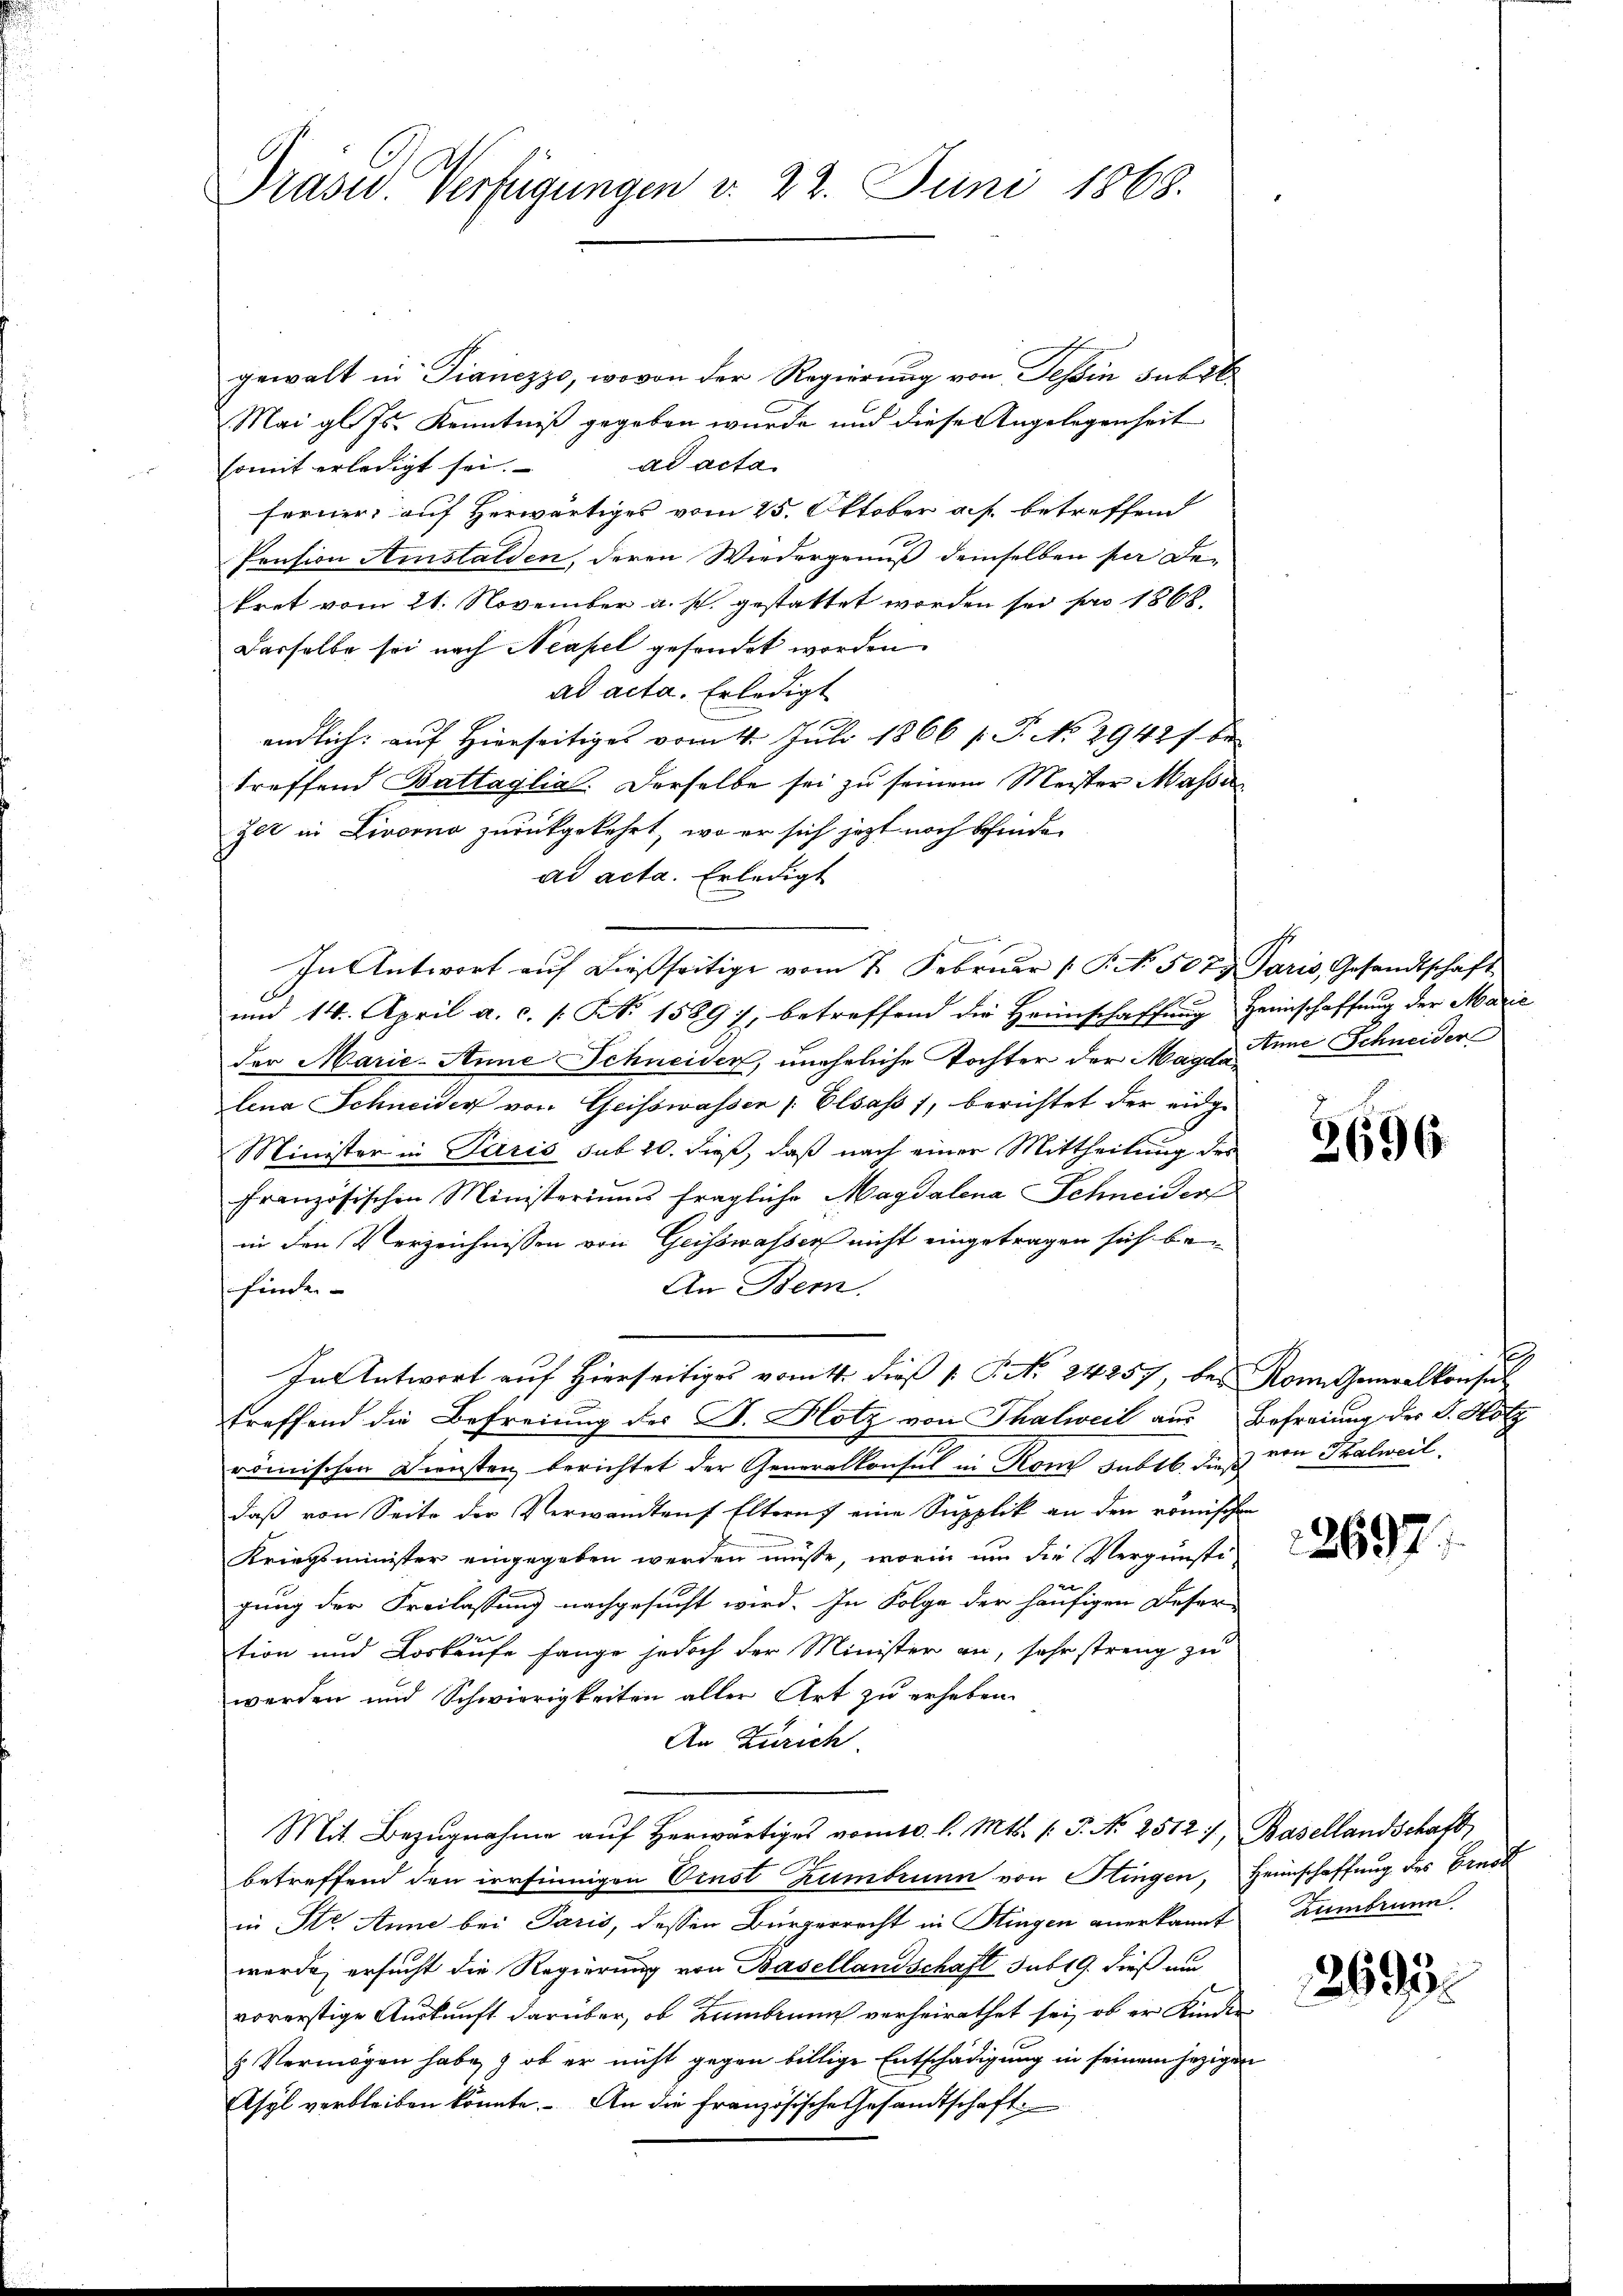
Präsid. Verfügungen d. 22. Juni 1868.

gewalt in Fianezzo, wovon der Regierung von Tessin subst
Mai gl. Js. Kenntniß gegeben wurde und diese Angelegenheit
somit erledigt sei. ad acta
ferner, auf herwärtiges vom 25. Oktober auf betreffend
Pension Amstalden, deren Wiedergenuß demselben per De-
kret vom 21. November a. s. gestattet worden sei pro 1868.
Dasselbe sei nach Neapel gefandet worden.
ad acta. Erledigt
endlich: auf Hierseitiges vom 4. Juli 1866 f. P. No 29421 be
treffend Battaglia. Derselbe sei zu seinem Meister Masse
zer in Livorno zurückgekehrt, wo er sich jetzt noch befinde
ad acta. Erledigt
In Antwort auf dießseitige vom 7. Februar P. No. 5073 Paris, Gesandtschaft
und 14. April a. c. s. S. 1589/, betreffend die Heimschaffŭng Heimschaffŭng der Marie
der Marie-Anne Schneider, uneheliche Tochter der Mags-Eine Schneider
lena Schneider von Geisswassen Elsass, berichtet der eidge
Minister in Paris sub 20. dieß, daß nach einer Mittheilung des
französischen Ministeriums fragliche Magdalena Schneider
in den Verzeichnissen von Geisswasser nicht eingetragen sich be¬
An Bern.
finde.
In Antwort auf Hierseitiges vom 4. dieß P. Nr. 24257, bei Kon Generalkonsul
treffend die Befreiung der F. Hotz von Thalweil aus Befreiung des L. Hötz
römischen Diensten berichtet der Generalkonsul in Rom subtb. die von Thalweil
daß von Seite der Verwandten Eltern eine Supplik an den römischen
Kriegsminister eingegeben werden müsse, worin um die Vergünsti-
gung der Freilassung nachgesucht wird. In Folge der häufigen Deser-
tion und Loskaufe fange jedoch der Minister an, sehr streng zu
werden und Schwierigkeiten aller Art zu erheben.
An Zürich
Mit Bezŭgnahme aŭf herwärtiges vom 10. l. Mts. (T. N. 25127, Basellandschaft,
betreffend den irrsinnigen Ornst Rumbrunn von Hingen, Heimschaffung des Ernst
in Str. Anne bei Paris, dessen Bürgerrecht in Singen anerkannt. Zumbrunn
werde, ersucht die Regierung von Basellandschaft sub 19. dieß um
vorerstige Auskunft darüber, ob Kambrunn verheirathet sei, ob er Kinder
& Vermögen habe, ob er nicht gegen billige Entschädigung in seinem jezigen
Chyl verbleiben könnte. An die französische Gesandtschaft.

2696.

E

2697.

2693.